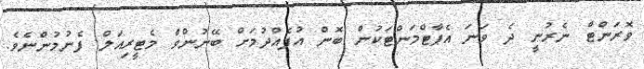
ވޮރަންޓް ނެރުނީ ދެ ވަނަ އެޕާޓްމަންޓަކުން ބޮން އުފެއްދުމަށް ބޭނުންވާ މެޓީރިއަލް ފެނުމުންނެވެ.